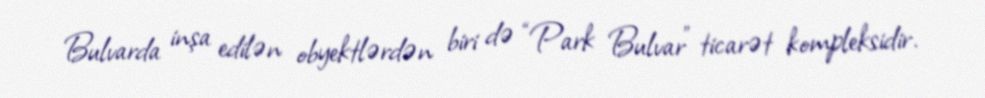
Bulvarda inşa edilən obyektlərdən biri də “Park Bulvar” ticarət kompleksidir.